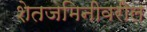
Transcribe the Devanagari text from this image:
शेतजमिनीवरील